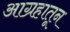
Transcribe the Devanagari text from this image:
आग्रहातून